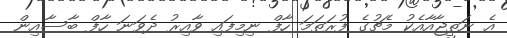
އެ ނަތީޖާއާއެކު މެޗުގެ ފުރަތަމަ ހާފް ނިމިފައި ވާއިރު ދެވަނަ ހާފް ބާސާއިން